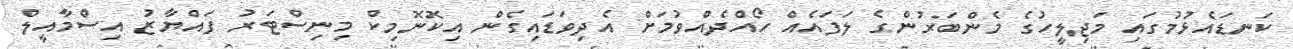
ކަނޑައެޅުމުގައި މަޖިލީހުގެ މެންބަރުންގެ ލަފައެއް ހޯއްދެއްވުމަށް އެދިވަޑައިގެން އިކޮނޮމިކް މިނިސްޓަރު ފައްޔާޒު އިސްމާއީލް